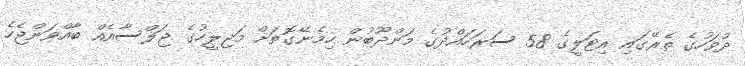
ދުވަހުގެ ތެރޭގައި އިޓަލީގެ 58 ސަރަހައްދުގެ މަންދޫބުން ހިމެނޭގޮތަށް މަޖިލީހުގެ ޖަލްސާއެއް ބާއްވަންޖެހެ